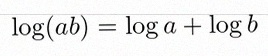
\log(ab)=\log a+\log b